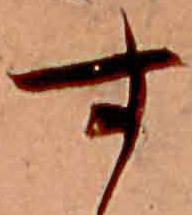
す